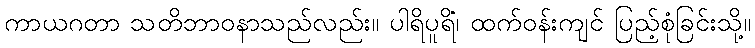
ကာယဂတာ သတိဘာဝနာသည်လည်း။ ပါရိပူရိံ၊ ထက်ဝန်းကျင် ပြည့်စုံခြင်းသို့။